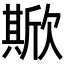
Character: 𣤘